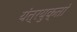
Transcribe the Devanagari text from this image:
यंत्रयुक्तां